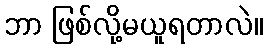
ဘာ ဖြစ်လို့မယူရတာလဲ။